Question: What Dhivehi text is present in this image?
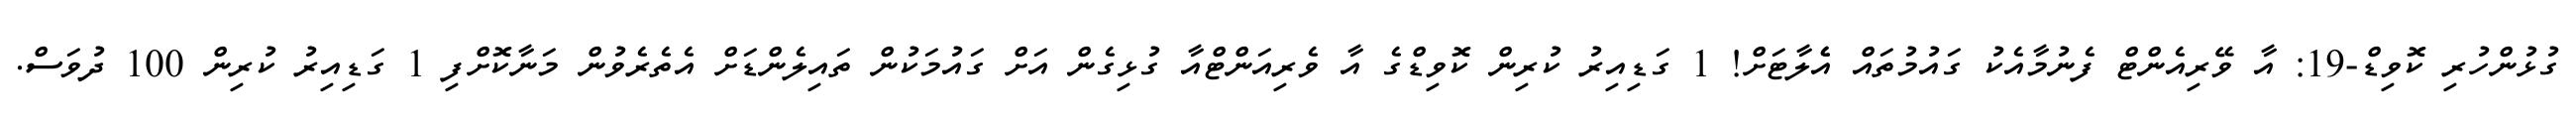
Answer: ގުޅުންހުރި ކޮވިޑް-19: އާ ވޭރިއެންޓް ފެނުމާއެކު ގައުމުތައް އެެލާޓަށް! 1 ގަޑިއިރު ކުރިން ކޮވިޑްގެ އާ ވެރިއަންޓްއާ ގުޅިގެން އަށް ގައުމަކުން ތައިލެންޑަށް އެތެރެވުން މަނާކޮށްފި 1 ގަޑިއިރު ކުރިން 100 ދުވަސް.